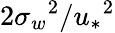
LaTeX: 2{\sigma_{w}}^{2}/{u_{*}}^{2}